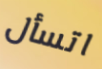
اتسأل